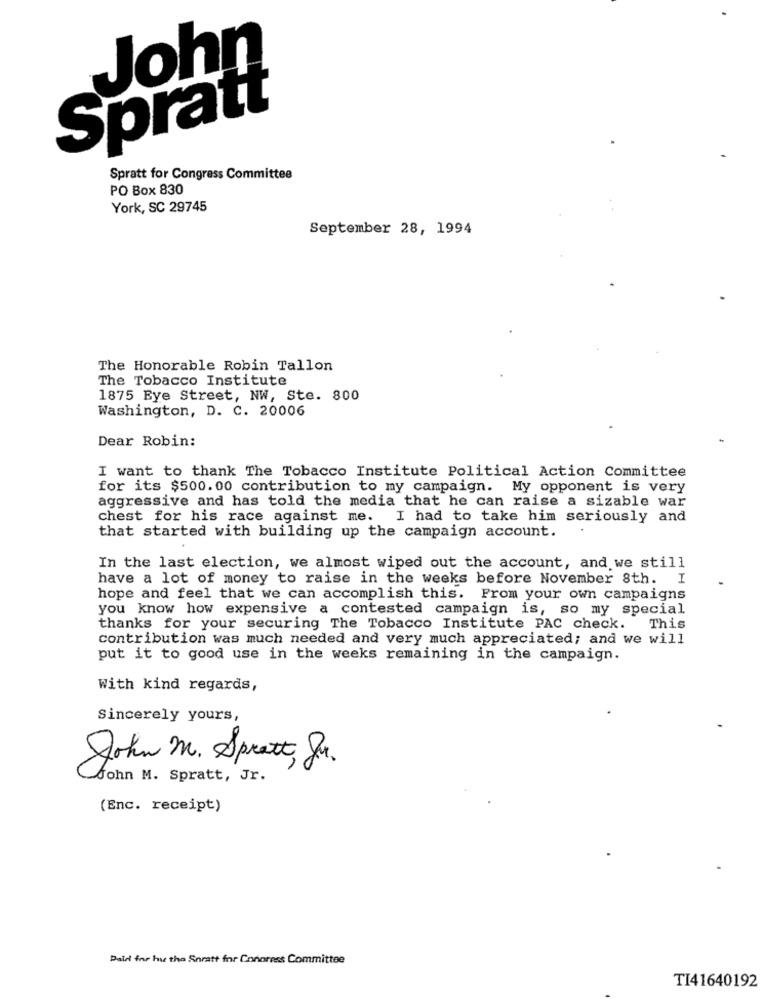
John
Spratt
Spratt for Congress Committee
PO Box 830
York, SC 29745
September 28, 1994
The Honorable Robin Tallon
The Tobacco Institute
1875 Eye Street, NW, Ste. 800
Washington, D. C. 20006
Dear Robin:
I want to thank The Tobacco Institute Political Action Committee
for its $500.00 contribution to my campaign. My opponent is very
aggressive and has told the media that he can raise a sizable war
chest for his race against me. I had to take him seriously and
that started with building up the campaign account.
In the last election, we almost wiped out the account, and we still
have a lot of money to raise in the weeks before November 8th.
H
hope and feel that we can accomplish this. From your own campaigns
you know how expensive a contested campaign is, so my special
thanks for your securing The Tobacco Institute PAC check.
This
contribution was much needed and very much appreciated; and we will
put it to good use in the weeks remaining in the campaign.
With kind regards,
Sincerely yours,
John M. Spratt, Jr.
fohn M. Spratt, Jr.
(Enc. receipt)
Paid for hu tho Soratt for Conoress Committee
TI41640192